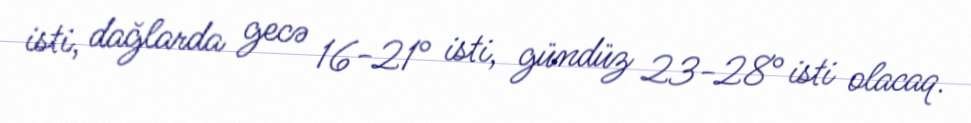
isti, dağlarda gecə 16-21° isti, gündüz 23-28° isti olacaq.